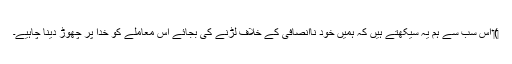
‏)‏ اِس سب سے ہم یہ سیکھتے ہیں کہ ہمیں خود نااِنصافی کے خلاف لڑنے کی بجائے اِس معاملے کو خدا پر چھوڑ دینا چاہیے۔